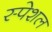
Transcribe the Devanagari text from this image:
स्‍पेशल